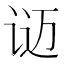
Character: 𬣴